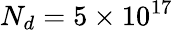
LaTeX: N_{d}=5\times 10^{17}